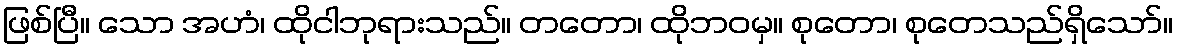
ဖြစ်ပြီ။ သော အဟံ၊ ထိုငါဘုရားသည်။ တတော၊ ထိုဘဝမှ။ စုတော၊ စုတေသည်ရှိသော်။